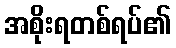
အစိုးရတစ်ရပ်၏